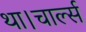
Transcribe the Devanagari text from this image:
था।चार्ल्स